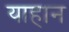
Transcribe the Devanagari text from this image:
याहान